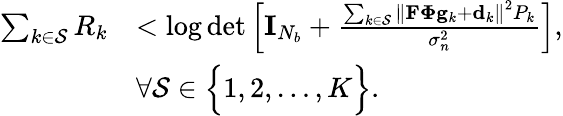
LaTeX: \begin{array}{rl}{\sum_{k\in\mathcal{S}}R_{k}}&{<\log\operatorname*{det}\left[\mathbf{I}_{N_{b}}+\frac{\sum_{k\in\mathcal{S}}\left\| \mathbf{F}\boldsymbol{\Phi}\mathbf{g}_{k}+\mathbf{d}_{k}\right\| ^{2}P_{k}}{\sigma_{n}^{2}}\right],}\\ &{\forall\mathcal{S}\in\Bigl\{ 1,2,\ldots,K\Bigr\} .}\end{array}